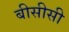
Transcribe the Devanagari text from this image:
बीसीसी